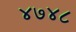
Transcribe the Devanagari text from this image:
४७४८